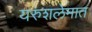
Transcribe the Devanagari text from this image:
यरुशलेमात